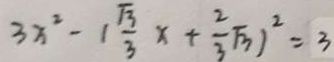
3 x ^ { 2 } - ( \frac { \sqrt { 3 } } { 3 } x + \frac { 2 } { 3 } \sqrt { 3 } ) ^ { 2 } = 3